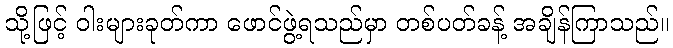
သို့ဖြင့် ဝါးများခုတ်ကာ ဖောင်ဖွဲ့ရသည်မှာ တစ်ပတ်ခန့် အချိန်ကြာသည်။